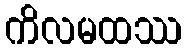
ကိလမထဿ